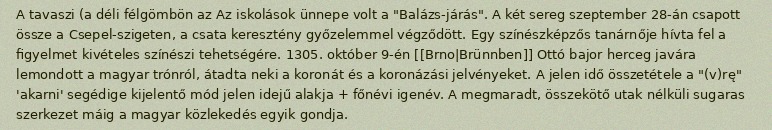
A tavaszi (a déli félgömbön az Az iskolások ünnepe volt a "Balázs-járás". A két sereg szeptember 28-án csapott össze a Csepel-szigeten, a csata keresztény győzelemmel végződött. Egy színészképzős tanárnője hívta fel a figyelmet kivételes színészi tehetségére. 1305. október 9-én [[Brno|Brünnben]] Ottó bajor herceg javára lemondott a magyar trónról, átadta neki a koronát és a koronázási jelvényeket. A jelen idő összetétele a "(v)rę" 'akarni' segédige kijelentő mód jelen idejű alakja + főnévi igenév. A megmaradt, összekötő utak nélküli sugaras szerkezet máig a magyar közlekedés egyik gondja.